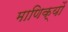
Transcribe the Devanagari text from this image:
माणिक्यों